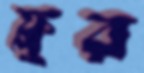
ফ্লুর